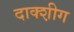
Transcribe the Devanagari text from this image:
दाक्श़ीग